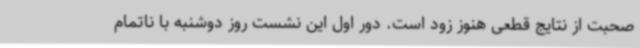
صحبت از نتایج قطعی هنوز زود است. دور اول این نشست روز دوشنبه با ناتمام